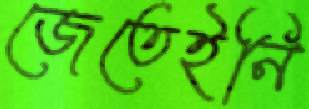
জেতেইনি